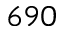
6 9 0